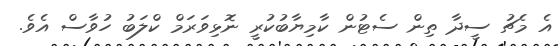
އެ މެޗު ސީދާ ތިން ސެޓުން ކާމިޔާބުކުރީ ނޮޅިވަރަމް ކްލަބު ހުވާސް އެވެ.